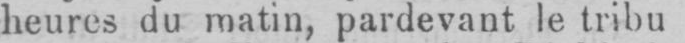
heures du matin, pardevant le tribu